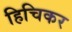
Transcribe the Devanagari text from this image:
हिचिकर